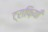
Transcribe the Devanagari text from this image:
ट्राफ़ियाँ